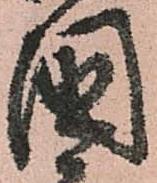
國